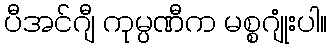
ပီအင်ဂျီ ကုမ္ပဏီက မစ္စဂျုံးပါ။